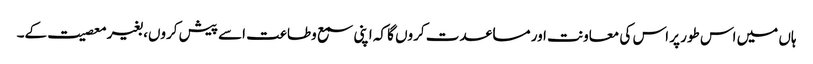
ہاں میں اس طور پر اس کی معاونت اور مساعدت کروں گا کہ اپنی سمع وطاعت اسے پیش کروں، بغیر معصیت کے۔